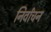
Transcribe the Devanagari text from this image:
निर्वांचन